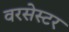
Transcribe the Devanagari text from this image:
वरसेस्टर